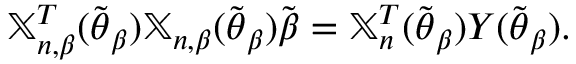
\mathbb { X } _ { n , \beta } ^ { T } ( \widetilde { \boldsymbol { \theta } } _ { \beta } ) \mathbb { X } _ { n , \beta } ( \widetilde { \boldsymbol { \theta } } _ { \beta } ) \widetilde { \boldsymbol { \beta } } = \mathbb { X } _ { n } ^ { T } ( \widetilde { \boldsymbol { \theta } } _ { \beta } ) \boldsymbol { Y } ( \widetilde { \boldsymbol { \theta } } _ { \beta } ) .